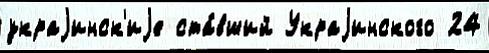
украjинск'иjе ста́вший Украjинского 24